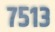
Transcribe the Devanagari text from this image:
७५१३